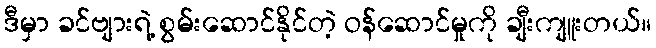
ဒီမှာ ခင်ဗျားရဲ့ စွမ်းဆောင်နိုင်တဲ့ ဝန်ဆောင်မှုကို ချီးကျူးတယ်။